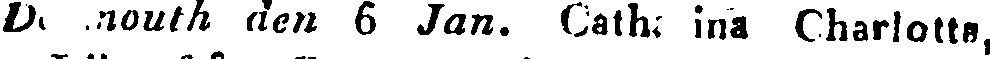
Dartmouth den 6 Jan. Catharina Charlotte,